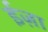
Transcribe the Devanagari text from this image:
ईज़ा